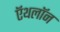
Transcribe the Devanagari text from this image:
ऍथलॉन